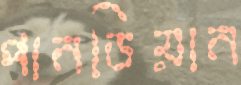
পানডিয়ান